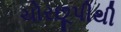
ચોરછૂપીથી